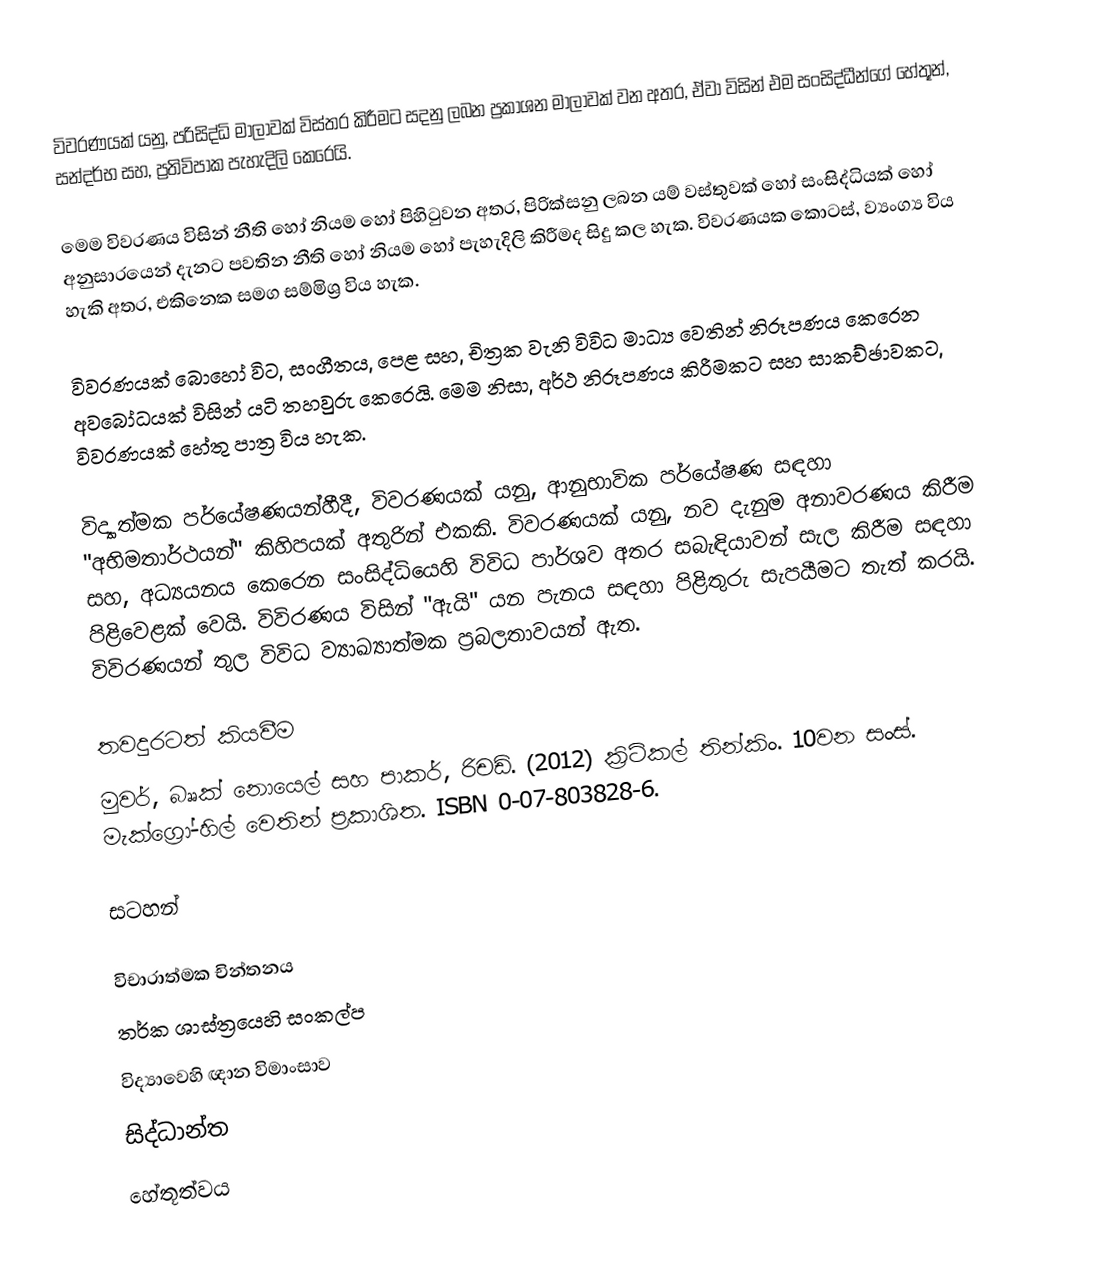
විවරණයක් යනු,  පරිසිද්ධි මාලාවක් විස්තර කිරීමට සදනු ලබන ප්‍රකාශන මාලාවක් වන අතර, ඒවා විසින් එම සංසිද්ධීන්ගේ හේතූන්, සන්දර්භ සහ, ප්‍රතිවිපාක පැහැදිලි කෙරෙයි.

මෙම විවරණය විසින්  නීති හෝ නියම හෝ  පිහිටුවන අතර, පිරික්සනු ලබන යම් වස්තුවක් හෝ සංසිද්ධියක් හෝ අනුසාරයෙන් දැනට පවතින නීති හෝ නියම හෝ පැහැදිලි කිරීමද සිදු කල හැක. විවරණයක කොටස්,   ව්‍යංග්‍ය විය හැකි අතර, එකිනෙක සමග සම්මිශ්‍ර විය හැක.

විවරණයක් බොහෝ විට,  සංගීතය, පෙළ සහ, චිත්‍රක වැනි විවිධ මාධ්‍ය වෙතින් නිරූපණය කෙරෙන  අවබෝධයක් විසින් යටි තහවුරු කෙරෙයි. මෙම නිසා, අර්ථ නිරූපණය කිරීමකට සහ සාකච්ඡාවකට, විවරණයක් හේතු පාත්‍ර විය හැක.

විද්‍යාත්මක පර්යේෂණයන්හීදී, විවරණයක් යනු, ආනුභාවික පර්යේෂණ සඳහා "අභිමතාර්ථයන්" කිහිපයක් අතුරින් එකකි.  විවරණයක් යනු,  නව දැනුම අනාවරණය කිරීම සහ, අධ්‍යයනය කෙරෙන සංසිද්ධියෙහි විවිධ පාර්ශව අතර සබැඳියාවන් සැල කිරීම සඳහා පිළිවෙළක් වෙයි. විවිරණය විසින්  "ඇයි" යන පැනය සඳහා පිළිතුරු සැපයීමට තැත් කරයි. විවිරණයන් තුල  විවිධ   ව්‍යාඛ්‍යාත්මක ප්‍රබලතාවයන් ඇත.

තවදුරටත් කියවීම
 මුවර්, බෲක් නොයෙල් සහ පාකර්, රිචඩ්. (2012) ක්‍රිටිකල් තින්කිං. 10වන සංස්. මැක්ග්‍රෝ-හිල් වෙතින් ප්‍රකාශිත. ISBN 0-07-803828-6.

සටහන්

විචාරාත්මක චින්තනය
තර්ක ශාස්ත්‍රයෙහි සංකල්ප
විද්‍යාවෙහි ඥාන විමාංසාව
සිද්ධාන්ත
හේතූත්වය